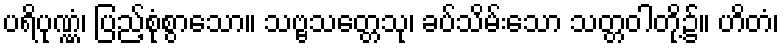
ပရိပုဏ္ဏံ၊ ပြည့်စုံစွာသော။ သဗ္ဗသတ္တေသု၊ ခပ်သိမ်းသော သတ္တဝါတို့၌။ ဟိတံ၊